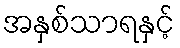
အနှစ်သာရနှင့်